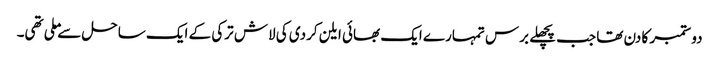
دو ستمبر کا دن تھا جب پچھلے برس تمہارے ایک بھائی ایلن کردی کی لاش ترکی کے ایک ساحل سے ملی تھی۔